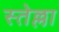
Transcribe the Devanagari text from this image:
स्तेल्ला